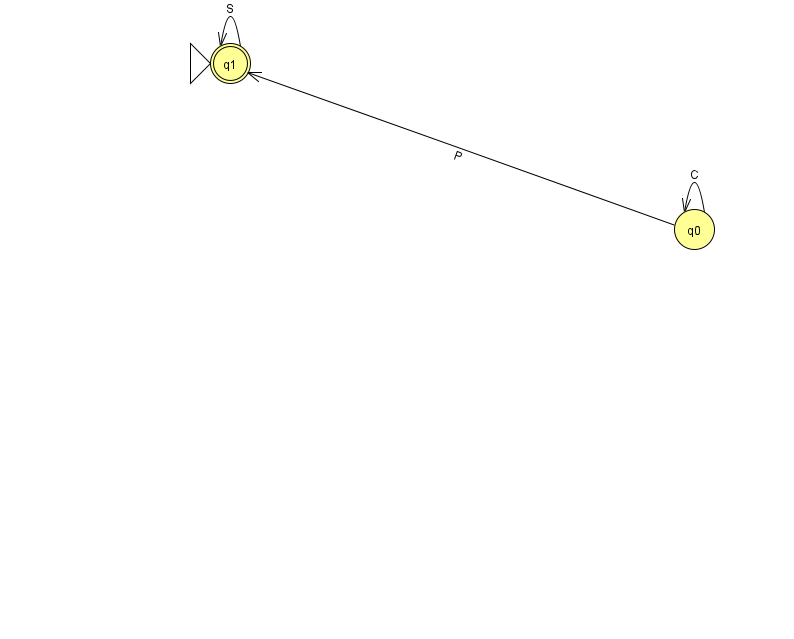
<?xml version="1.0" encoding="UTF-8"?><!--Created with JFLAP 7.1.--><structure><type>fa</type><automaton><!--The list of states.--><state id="0" name="q0"><x>694.0</x><y>216.0</y></state><state id="1" name="q1"><x>230.0</x><y>50.0</y><initial/><final/></state><!--The list of transitions.--><transition><from>0</from><to>0</to><read>C</read></transition><transition><from>1</from><to>1</to><read>S</read></transition><transition><from>0</from><to>1</to><read>P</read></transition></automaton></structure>